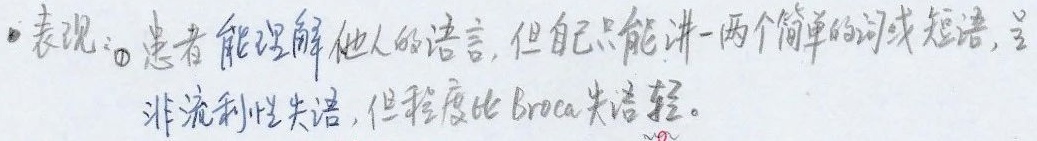
表现：患者能理解他人的语言，但自己只能讲一两个简单的词或短语，呈非流利性失语，但程度比Broca失语轻。